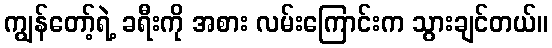
ကျွန်တော့်ရဲ့ ခရီးကို အစား လမ်းကြောင်းက သွားချင်တယ်။